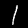
Label: 1